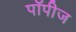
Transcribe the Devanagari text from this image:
पॉपीज